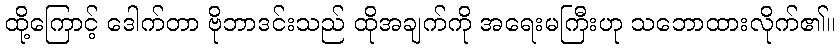
ထို့ကြောင့် ဒေါက်တာ ဗိုဘာဒင်းသည် ထိုအချက်ကို အရေးမကြီးဟု သဘောထားလိုက်၏။